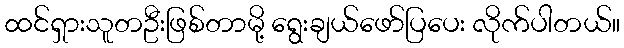
ထင်ရှားသူတဦးဖြစ်တာမို့ ရွေးချယ်ဖော်ပြပေး လိုက်ပါတယ်။